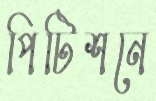
পিটিশনে